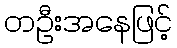
တဦးအနေဖြင့်